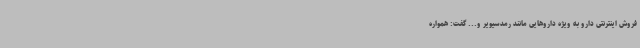
فروش اینترنتی دارو به ویژه داروهایی مانند رمدسیویر و... گفت: همواره